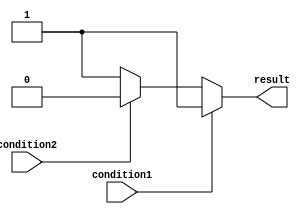
module if_else_statement(
    input wire condition1,
    input wire condition2,
    output reg result
);

always @(*) begin
    if (condition1) begin
        result = 1;
    end
    else if (condition2) begin
        result = 2;
    end
    else begin
        result = 3;
    end
end
    
endmodule